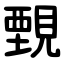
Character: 䚈